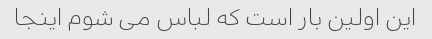
این اولین بار است که لباس می شوم اینجا